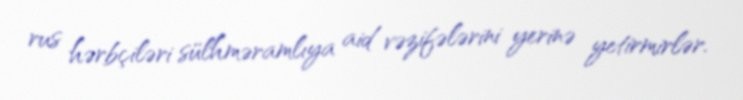
rus hərbçiləri sülhməramlıya aid vəzifələrini yerinə yetirmirlər.